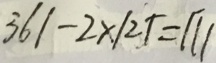
3 6 1 - 2 \times 1 2 5 = 1 1 1